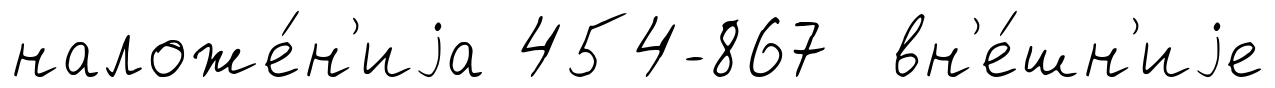
наложе́н'иjа 454-867 вн'е́шн'иjе